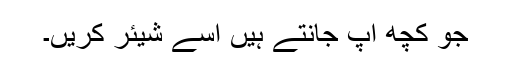
جو کچھ آپ جانتے ہیں اسے شیئر کریں۔